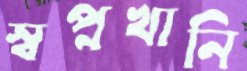
স্বপ্নখানি